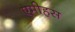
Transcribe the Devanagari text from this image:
एमीहस